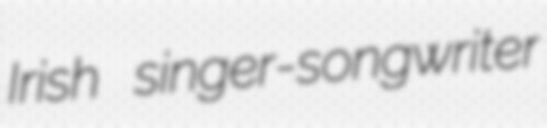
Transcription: Irish singer-songwriter